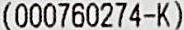
(000760274-K)